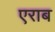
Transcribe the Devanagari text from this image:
एराब